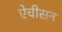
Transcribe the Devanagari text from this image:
ऐचीसन